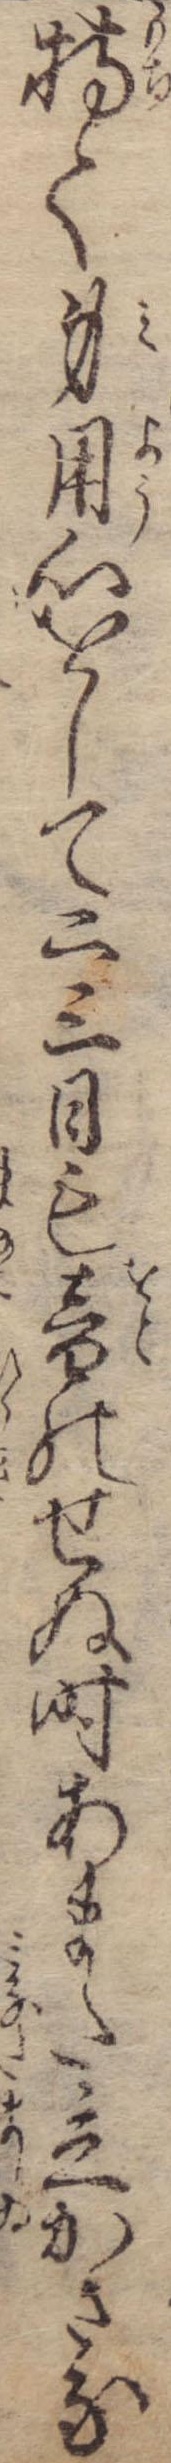
持て身用心をして二三日も音のせぬ時あまた立かさな